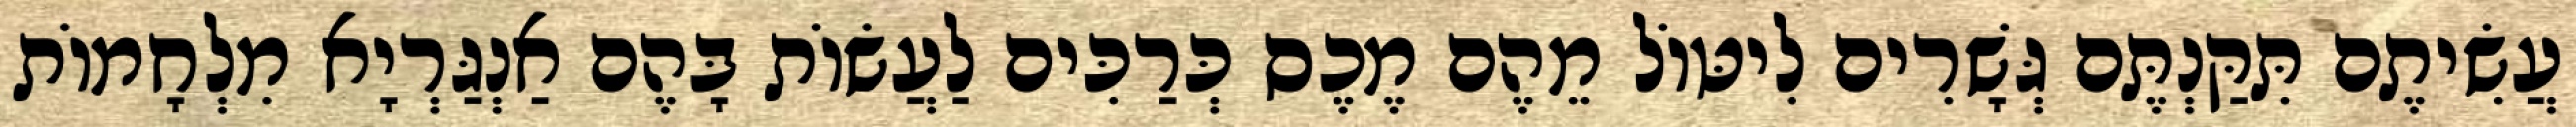
עֲשִׂיתֶם תִּקַּנְתֶּם גְּשָׁרִים לִיטּוֹל מֵהֶם מֶכֶס כְּרַכִּים לַעֲשׂוֹת בָּהֶם אַנְגַּרְיָא מִלְחָמוֹת